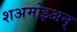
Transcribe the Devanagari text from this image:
शअमोइअन्